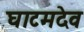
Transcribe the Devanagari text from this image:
घाटमदेव